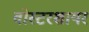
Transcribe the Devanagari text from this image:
वोस्टरशायर